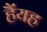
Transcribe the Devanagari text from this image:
हैंयह